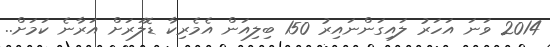
2014 ވަނަ އަހަރު ލައިގަންނައިރު 150 ބިލިއަން އެމެރިކާ ޑޮލަރަށް އަރާނެ ކަމަށް..